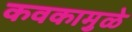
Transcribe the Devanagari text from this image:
कवकामुळे